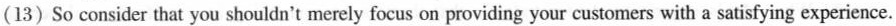
(13) So consider that you shouldn't merely focus on providing your customers with a satisfying experience.